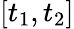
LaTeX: [t_{1},t_{2}]